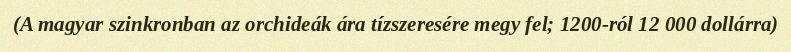
(A magyar szinkronban az orchideák ára tízszeresére megy fel; 1200-ról 12 000 dollárra)